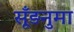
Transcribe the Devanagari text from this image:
सूँड़नुमा